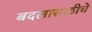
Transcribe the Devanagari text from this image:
बदलासाठीचे